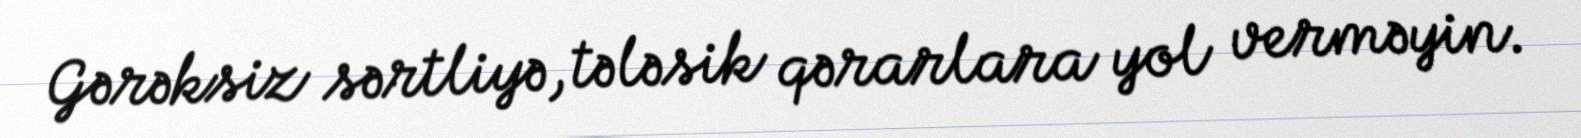
Gərəksiz sərtliyə, tələsik qərarlara yol verməyin.